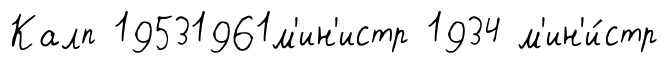
Калп 19531961м'ин'истр 1934 м'ин'и́стр